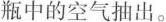
瓶中的空气抽出。